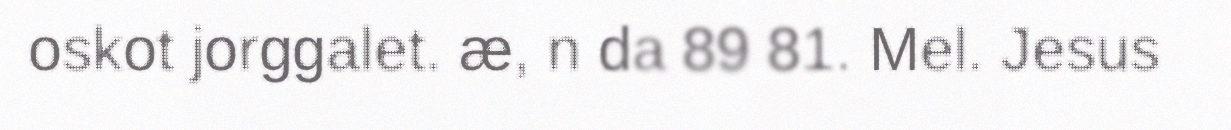
oskot jorggalet. æ, n da 89 81. Mel. Jesus